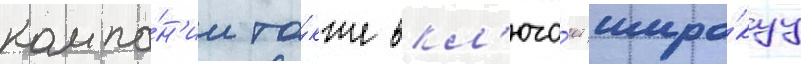
компа́н'ии та́кже вкл'юча́ет широ́куу